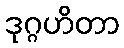
ဒုဂ္ဂဟိတာ